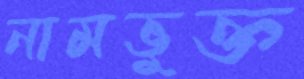
নামভুক্ত